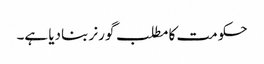
حکومت کا مطلب گورنر بنادیا ہے۔